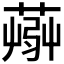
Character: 𦸹